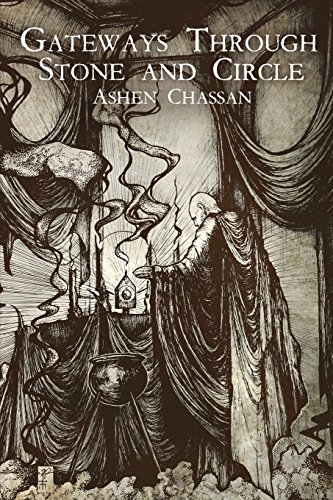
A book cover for Gateways Through Stone and Circle; Ashen Chassan; Religion & Spirituality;